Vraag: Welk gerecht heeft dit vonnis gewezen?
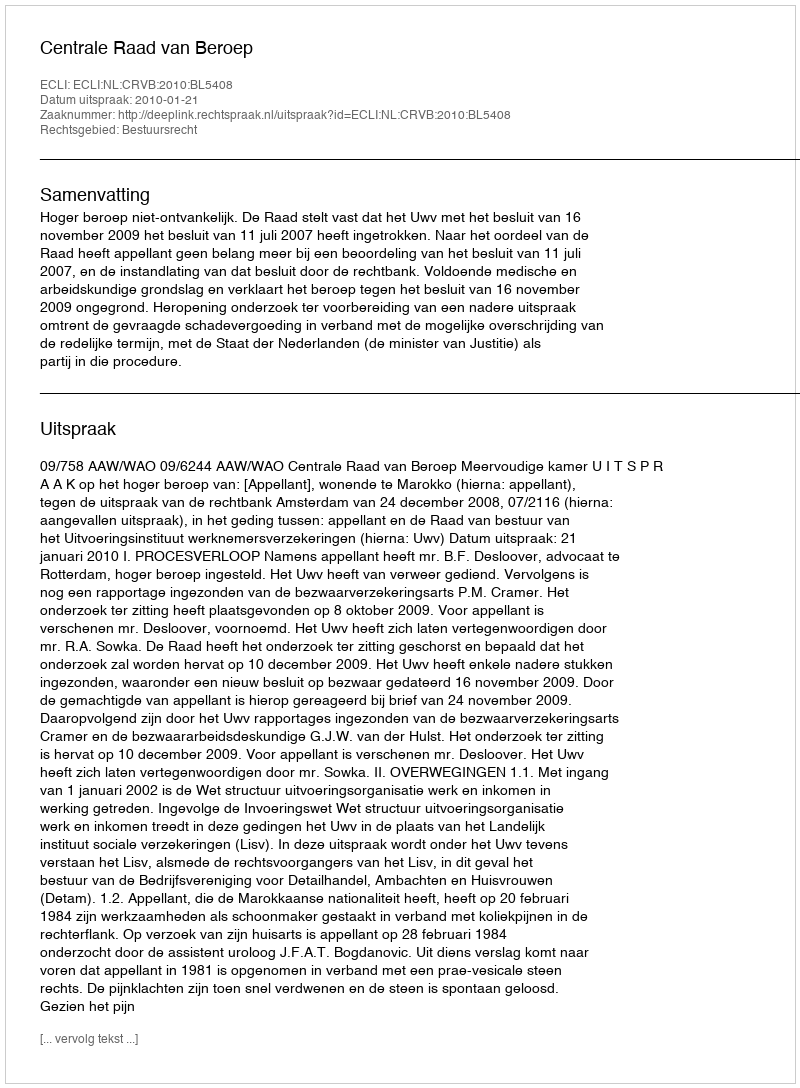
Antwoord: Centrale Raad van Beroep